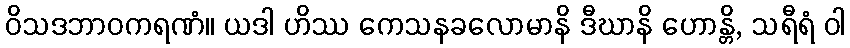
ဝိသဒဘာဝကရဏံ။ ယဒါ ဟိဿ ကေသနခလောမာနိ ဒီဃာနိ ဟောန္တိ, သရီရံ ဝါ